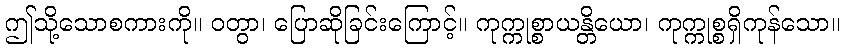
ဤသို့သောစကားကို။ ဝတွာ၊ ပြောဆိုခြင်းကြောင့်။ ကုက္ကုစ္စာယန္တိယော၊ ကုက္ကုစ္စရှိကုန်သော။